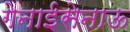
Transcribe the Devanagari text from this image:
गेनाईसेनाऊ